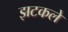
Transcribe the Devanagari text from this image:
झटकले